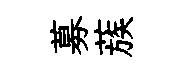
募蔟